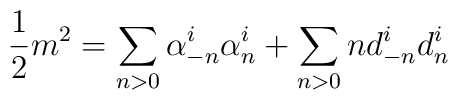
\frac{1}{2}m^{2}=\sum_{n>0}\alpha^{i}_{-n}\alpha^{i}_{n}+\sum_{n>0}nd^{i}_{-n}d^{i}_{n}